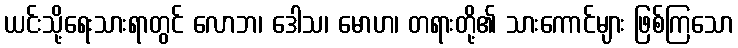
ယင်းသို့ရေးသားရာတွင် လောဘ၊ ဒေါသ၊ မောဟ၊ တရားတို့၏ သားကောင်များ ဖြစ်ကြသော